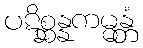
ပဋိစ္ဆန္နကမ္မန္တံ